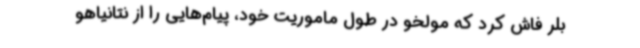
بلر فاش کرد که مولخو در طول ماموریت خود، پیام‌هایی را از نتانیاهو